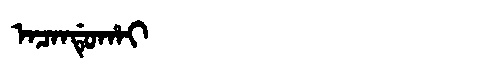
Manchu: ᠠᠴᠠᠨᡩᡠᡥᠠᡳ
Romanization: ACANDUHAI